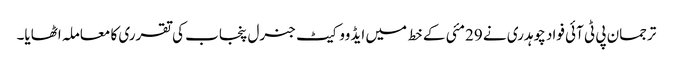
ترجمان پی ٹی آئی فواد چوہدری نے 29مئی کے خط میں ایڈووکیٹ جنرل پنجاب کی تقرری کا معاملہ اٹھایا۔